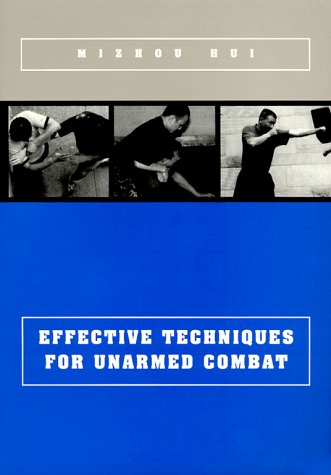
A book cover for Effective Techniques for Unarmed Combat; Mizhou, Md. Hui; Teen & Young Adult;